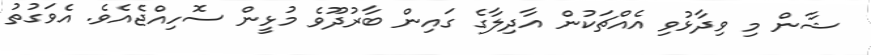
ޝާން މި ވިދާޅުވި އެއްޗަކުން އާދިލާގެ ގައިން ބާރުދޫވެ މުޅީން ސޮހިއްޖެއެވެ. އެވަގުތު